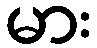
မား